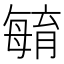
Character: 𣫺